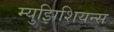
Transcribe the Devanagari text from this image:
म्युझिशियन्स